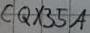
Text: CQX35A